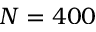
N = 4 0 0